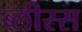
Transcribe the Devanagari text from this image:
ब्लीस्स